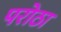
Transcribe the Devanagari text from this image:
परोठा